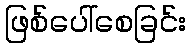
ဖြစ်ပေါ်စေခြင်း